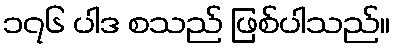
၁၇၆ ပါဒ စသည် ဖြစ်ပါသည်။